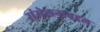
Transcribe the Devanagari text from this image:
संमेलनाबद्दल